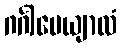
ဂင်္ဂါပေယျာလံ